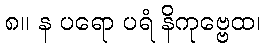
၈။ န ပရော ပရံ နိကုဗ္ဗေထ၊